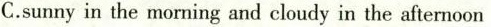
C.sunny in the morning and cloudy in the afternoon